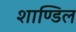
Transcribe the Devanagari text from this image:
शाण्डिल